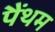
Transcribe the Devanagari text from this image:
पैंथम